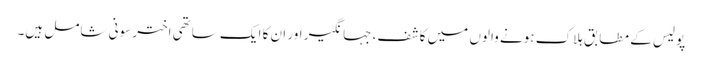
پولیس کے مطابق ہلاک ہونے والوں میں کاشف، جہانگیر اور ان کا ایک ساتھی اختر سونی شامل ہیں۔